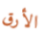
الأرق